Sketch of the medical history of the native army of Bombay, for the year
Year: 1876
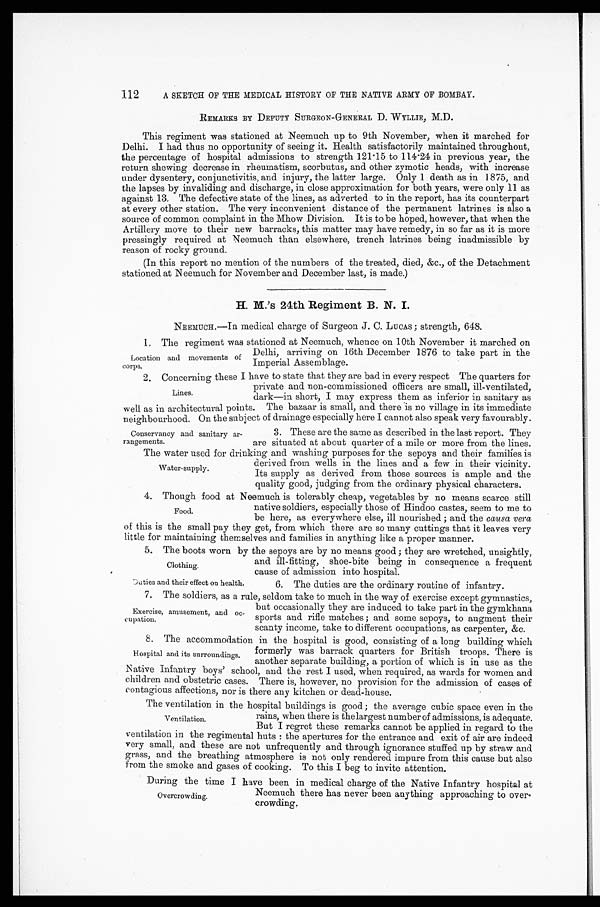
A SKETCH OF THE MEDICAL HISTORY OF THE NATIVE ARMY OF BOMBAY.
REMARKS BY DEPUTY SURGEON-GENERAL D. WYLLIE, M.D.
This regiment was stationed at Neemuch up to 9th November, when it marched for
Delhi. I had thus no opportunity of seeing it. Health satisfactorily maintained throughout,
the percentage of hospital admissions to strength 121.15 to 114.24 in previous year, the
return shewing decrease in rheumatism, scorbutus, and other zymotic heads, with increase
under dysentery, conjunctivitis, and injury, the latter large. Only 1 death as in 1875, and
the lapses by invaliding and discharge, in close approximation for both years, were only 11 as
against 13. The defective state of the lines, as adverted to in the report, has its counterpart
at every other station. The very inconvenient distance of the permanent latrines is also a
source of common complaint in the Mhow Division. It is to be hoped, however, that when the
Artillery move to their new barracks, this matter may have remedy, in so far as it is more
pressingly required at Neemuch than elsewhere, trench latrines being inadmissible by
reason of rocky ground.
(In this report no mention of the numbers of the treated, died, &c., of the Detachment
stationed at Neemuch for November and December last, is made.)
H. M.'s 24th Regiment B. N. I.
NEEMUCH.—In medical charge of Surgeon J. C. LUCAS; strength, 648.
1 . T h e r e g i m e n t w a s s t a t i o n e d a t N e e m u c h , w h e n c e o n 1 0 t h N o v e m b e r i t m a r c h e d o n
Delhi, arriving on 16th December 1876 to take part in the
Imperial Assemblage.
2. Concerning these I have to state that they are bad in every respect The quarters for
private and non-commissioned officers are small, ill-ventilated,
dark—in short, I may express them as inferior in sanitary as
well as in architectural points. The bazaar is small, and there is no village in its immediate
neighbourhood. On the subject of drainage especially here I cannot also speak very favourably.
112
Location and movements of
corps.
Lines.
Conservancy and sanitary ar-
-rangements.
3. These are the same as described in the last report. They
are situated at about quarter of a mile or more from the lines.
The water used for drinking and washing purposes for the sepoys and their families is
derived from wells in the lines and a few in their vicinity.
Its supply as derived from those sources is ample and the
quality good, judging from the ordinary physical characters.
4. Though food at Neemuch is tolerably cheap, vegetables by no means scarce still
native soldiers, especially those of Hindoo castes, seem to me to
be here, as everywhere else, ill nourished; and the causa vera
of this is the small pay they get, from which there are so many cuttings that it leaves very
little for maintaining themselves and families in anything like a proper manner.
5 . T h e b o o t s w o r n b y t h e s e p o y s a r e b y n o m e a n s g o o d ; t h e y a r e w r e t c h e d , u n s i g h t l y ,
and ill-fitting, shoe-bite being in consequence a frequent
cause of admission into hospital.
Water-supply.
Food.
Clothing.
Duties and their effect on health.
6. The duties are the ordinary routine of infantry.
7. The soldiers, as a rule, seldom take to much in the way of exercise except gymnastics,
but occasionally they are induced to take part in the gymkhana
sports and rifle matches; and some sepoys, to augment their
scanty income, take to different occupations, as carpenter, &c.
8 . T h e a c c o m m o d a t i o n i n t h e h o s p i t a l i s g o o d , c o n s i s t i n g o f a l o n g b u i l d i n g w h i c h
formerly was barrack quarters for British troops. There is
another separate building, a portion of which is in use as the
Native Infantry boys' school, and the rest I used, when required, as wards for women and
children and obstetric cases. There is, however, no provision for the admission of cases of
contagious affections, nor is there any kitchen or dead-house.
The ventilation in the hospital buildings is good; the average cubic space even in the
rains, when there is the largest number of admissions, is adequate
. But I regret these remarks cannot be applied in regard to the
ventilation in the regimental huts: the apertures for the entrance and exit of air are indeed
very small, and these are not unfrequently and through ignorance stuffed up by straw and
grass, and the breathing atmosphere is not only rendered impure from this cause but also
from the smoke and gases of cooking. To this I beg to invite attention.
Exercise, amusement, and oc-
-cupation.
Hospital and its surroundings.
Ventilation.
During the time I have been in medical charge of the Native Infantry hospital at
Neemuch there has never been anything approaching to over - c r o w d i n g .
Overcrowding.